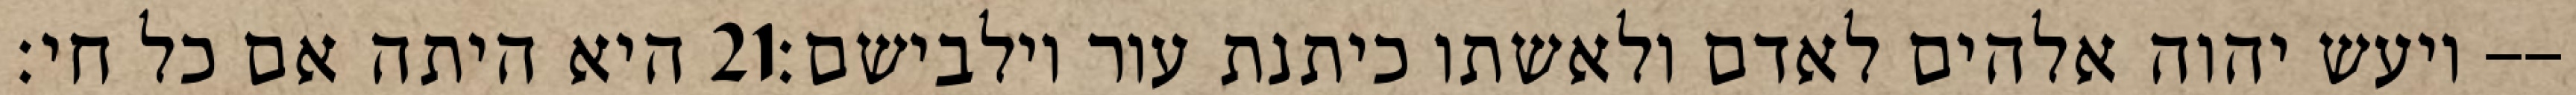
היא היתה אם כל חי׃ ‎21‏ ויעש יהוה אלהים לאדם ולאשתו כיתנת עור וילבישם׃--